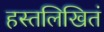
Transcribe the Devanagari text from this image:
हस्तलिखितं